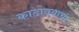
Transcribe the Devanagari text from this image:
काढावयाचा